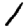
Digit: 1